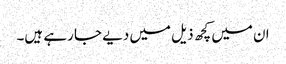
ان میں کچھ ذیل میں دیے جا رہے ہیں۔